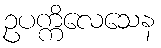
ဥပက္ကိလေသေန